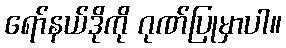
ရော်နယ်ဒိုကို ဂုဏ်ပြုမှာပါ။